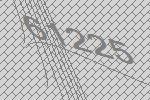
61225